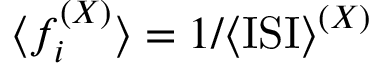
{ \langle f _ { i } ^ { ( X ) } \rangle } = { 1 / { \langle \mathrm { I S I } \rangle } } ^ { ( X ) }